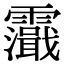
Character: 𩆭